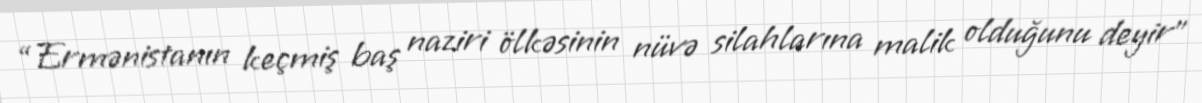
“Ermənistanın keçmiş baş naziri ölkəsinin nüvə silahlarına malik olduğunu deyir”